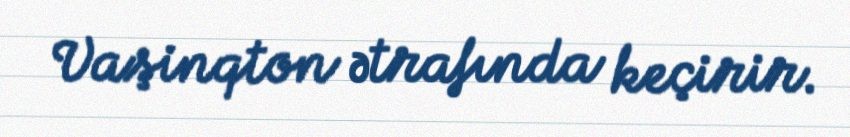
Vaşinqton ətrafında keçirir.